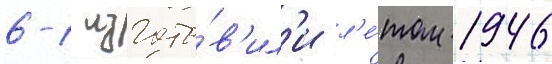
6-1 изгото́в'ил'и л'е́том 1946